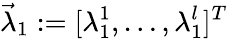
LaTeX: \vec{\lambda}_{1}:=[\lambda_{1}^{1},\dots,\lambda_{1}^{l}]^{T}